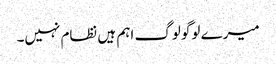
میرے لوگو لوگ اہم ہیں نظام نہیں۔